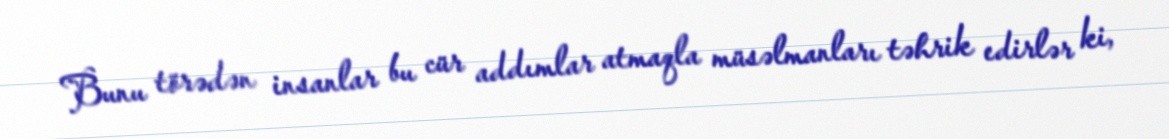
Bunu törədən insanlar bu cür addımlar atmaqla müsəlmanları təhrik edirlər ki,